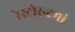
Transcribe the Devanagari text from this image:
रेस्‍टोरन्टमां